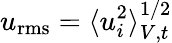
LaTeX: u_{\mathrm{rms}}=\langle u_{i}^{2}\rangle_{V,t}^{1/2}